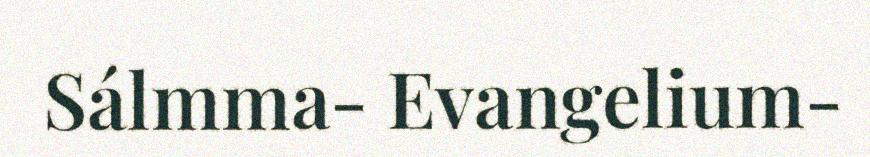
Sálmma- Evangelium-